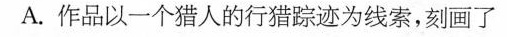
A.作品以一个猎人的行猎踪迹为线索，刻画了